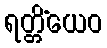
ရတ္တိံယေဝ